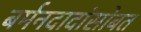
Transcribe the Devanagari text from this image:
बर्मनदादांसोबत